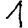
Digit: 1